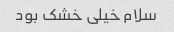
سلام خیلی خشک بود